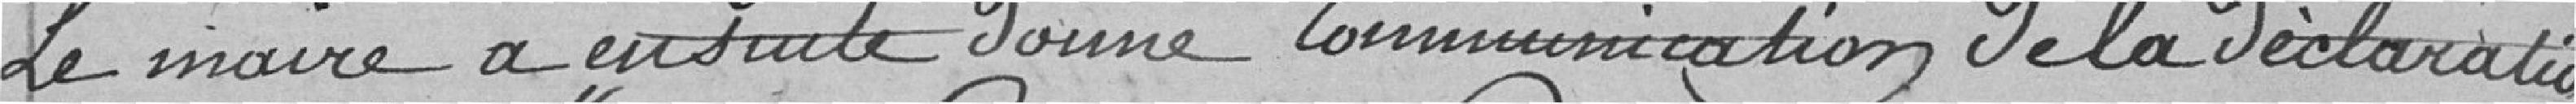
Le Maire a ensuite donné communication de la Déclaration